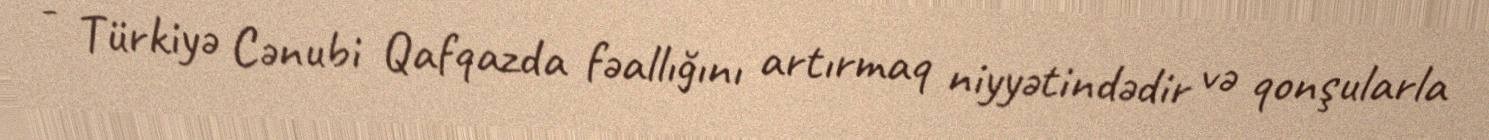
- Türkiyə Cənubi Qafqazda fəallığını artırmaq niyyətindədir və qonşularla